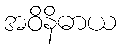
အဝိနိဓာယ